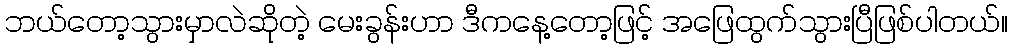
ဘယ်တော့သွားမှာလဲဆိုတဲ့ မေးခွန်းဟာ ဒီကနေ့တော့ဖြင့် အဖြေထွက်သွားပြီဖြစ်ပါတယ်။